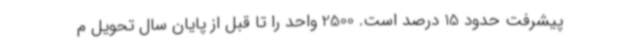
پیشرفت حدود 15 درصد است. 2500 واحد را تا قبل از پایان سال تحویل م